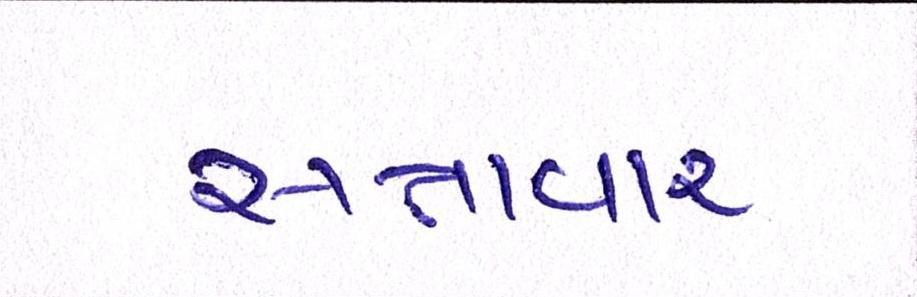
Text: સત્તાવાર